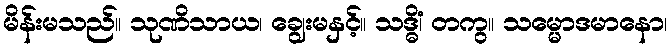
မိန်းမသည်။ သုဏိသာယ၊ ချွေးမနှင့်။ သဒ္ဓိံ၊ တကွ။ သမ္မောဒမာနော၊